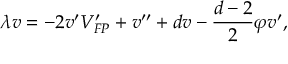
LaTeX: \lambda v = - 2 v ^ { \prime } V _ { F P } ^ { \prime } + v ^ { \prime \prime } + d v - \frac { d - 2 } { 2 } \varphi v ^ { \prime } ,